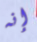
إنه